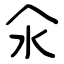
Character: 氽